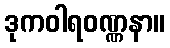
ဒုကဝါရဝဏ္ဏနာ။